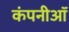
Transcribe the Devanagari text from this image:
कंपनीऑ